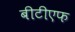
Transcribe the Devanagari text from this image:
बीटीएफ